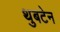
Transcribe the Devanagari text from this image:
थुबटेन